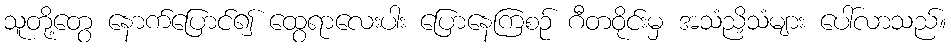
သူတို့တွေ နောက်ပြောင်၍ ထွေရာလေးပါး ပြောနေကြစဉ် ဂီတဝိုင်းမှ အသံညှိသံများ ပေါ်လာသည်။